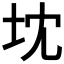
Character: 𭎃